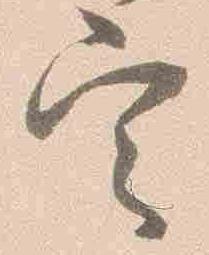
定